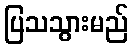
ပြသသွားမည်